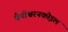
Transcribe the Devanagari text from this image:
वैथीश्वरनकोइल